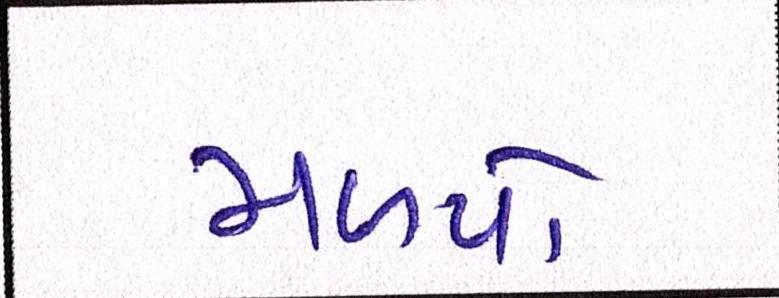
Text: મળ્યો